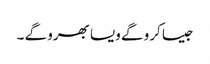
جیسا کرو گے ویسا بھرو گے ۔